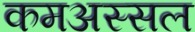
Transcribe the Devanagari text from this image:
कमअस्सल